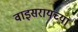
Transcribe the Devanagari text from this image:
वाइसरायच्या